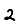
Digit: 2